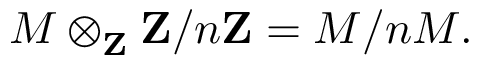
M \otimes _ { \mathbf { Z } } \mathbf { Z } / n \mathbf { Z } = M / n M .